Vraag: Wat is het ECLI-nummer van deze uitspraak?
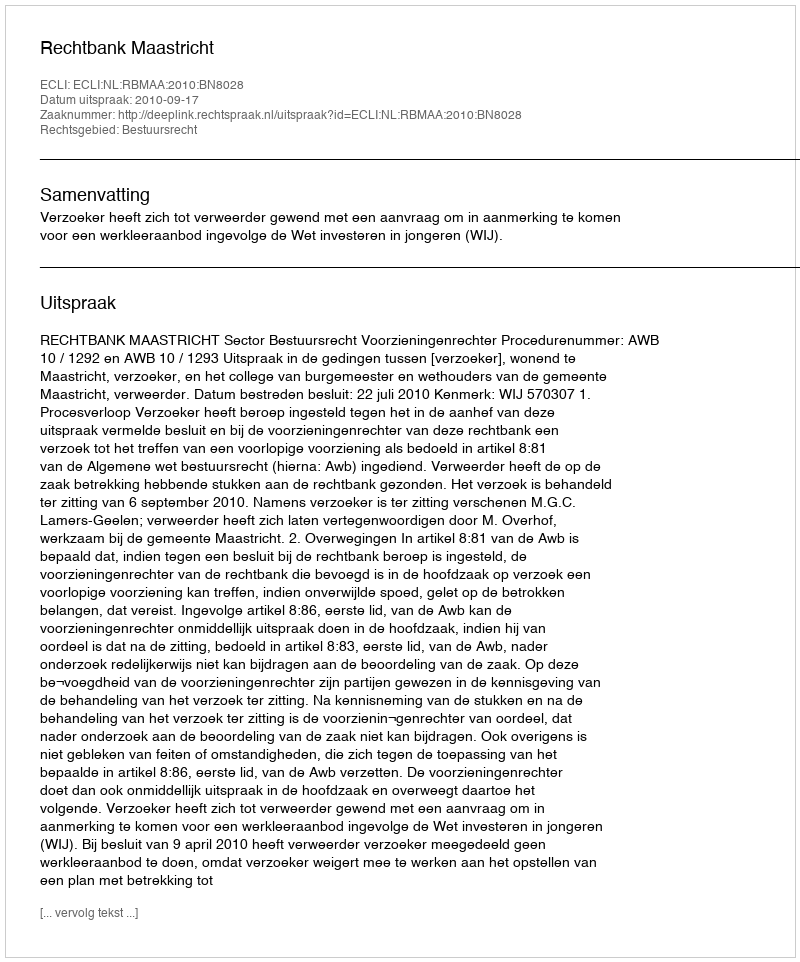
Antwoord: ECLI:NL:RBMAA:2010:BN8028